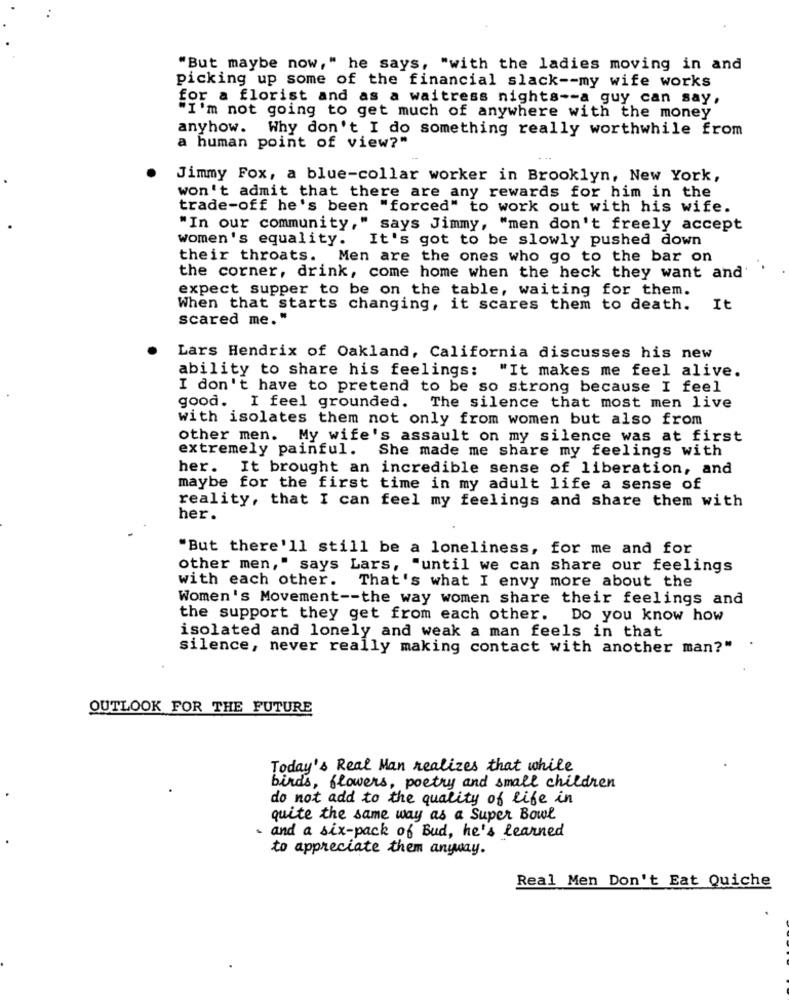
"But maybe now," he says, "with the ladies moving in and
picking up some of the financial slack -- my wife works
for a florist and as a waitress nights -- a guy can say,
"I'm not going to get much of anywhere with the money
anyhow. Why don't I do something really worthwhile from
a human point of view?"
Jimmy Fox, a blue-collar worker in Brooklyn, New York,
won't admit that there are any rewards for him in the
trade-off he's been "forced" to work out with his wife.
"In our community," says Jimmy, "men don't freely accept
women's equality. It's got to be slowly pushed down
their throats. Men are the ones who go to the bar on
the corner, drink, come home when the heck they want and'
expect supper to be on the table, waiting for them.
When that starts changing, it scares them to death.
It
scared me."
Lars Hendrix of Oakland, California discusses his new
ability to share his feelings:
"It makes me feel alive.
I don't have to pretend to be so strong because I feel
good. I feel grounded. The silence that most men live
with isolates them not only from women but also from
other men. My wife's assault on my silence was at first
extremely painful.
She made me share my feelings with
her.
It brought an incredible sense of liberation, and
maybe for the first time in my adult life a sense of
reality, that I can feel my feelings and share them with
her.
"But there'll still be a loneliness, for me and for
other men," says Lars, "until we can share our feelings
with each other. That's what I envy more about the
Women's Movement -- the way women share their feelings and
the support they get from each other. Do you know how
isolated and lonely and weak a man feels in that
silence, never really making contact with another man?"
OUTLOOK FOR THE FUTURE
Today's Real Man realizes that while
birds, flowers, poetry and small children
do not add to the quality of life in
quite the same way as a Super Bowl
and a six-pack of Bud, he's learned
to appreciate them anyway.
Real Men Don't Eat Quiche